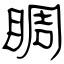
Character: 睭